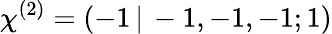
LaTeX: \chi^{(2)}=(-1\, |\, -1,-1,-1;1)